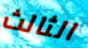
الثالث